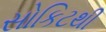
સોકિટથી